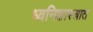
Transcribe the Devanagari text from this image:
ध्वनिशास्त्रात